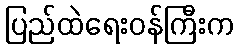
ပြည်ထဲရေးဝန်ကြီးက